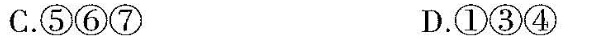
C⑤⑥⑦